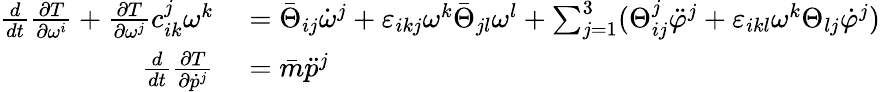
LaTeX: \begin{array}{rl}{\frac{d}{dt}\frac{\partial T}{\partial\omega^{i}}+\frac{\partial T}{\partial\omega^{j}}c_{ik}^{j}\omega^{k}}&{{}=\bar{\Theta}_{ij}\dot{\omega}^{j}+\varepsilon_{ikj}\omega^{k}\bar{\Theta}_{jl}\omega^{l}+\sum_{j=1}^{3}(\Theta_{ij}^{j}\ddot{\varphi}^{j}+\varepsilon_{ikl}\omega^{k}\Theta_{lj}\dot{\varphi}^{j})}\\ {\frac{d}{dt}\frac{\partial T}{\partial\dot{p}^{j}}}&{{}=\bar{m}\ddot{p}^{j}}\end{array}